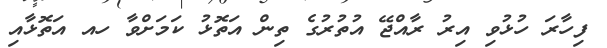
ފިހާރަ ހުޅުވި އިރު ރާއްޖޭ އުތުރުގެ ތިން އަތޮޅު ކަމަށްވާ ހއ އަތޮޅާއި